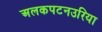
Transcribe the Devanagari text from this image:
अलकपटनउरिया